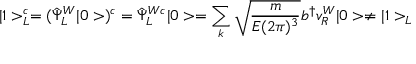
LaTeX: | 1 > _ { L } ^ { c } = ( \hat { \Psi } _ { L } ^ { W } | 0 > ) ^ { c } = \hat { \Psi } _ { L } ^ { W c } | 0 > = \sum _ { k } \sqrt { \frac { m } { E ( 2 \pi ) ^ { 3 } } } b ^ { \dagger } v _ { R } ^ { W } | 0 > \neq | 1 > _ { L }